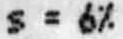
S = 6%